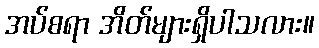
အပ်စရာ အိတ်များရှိပါသလား။